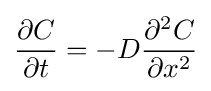
{\frac {\partial C}{\partial t}}=-D{\frac {\partial ^{2}C}{\partial x^{2}}}